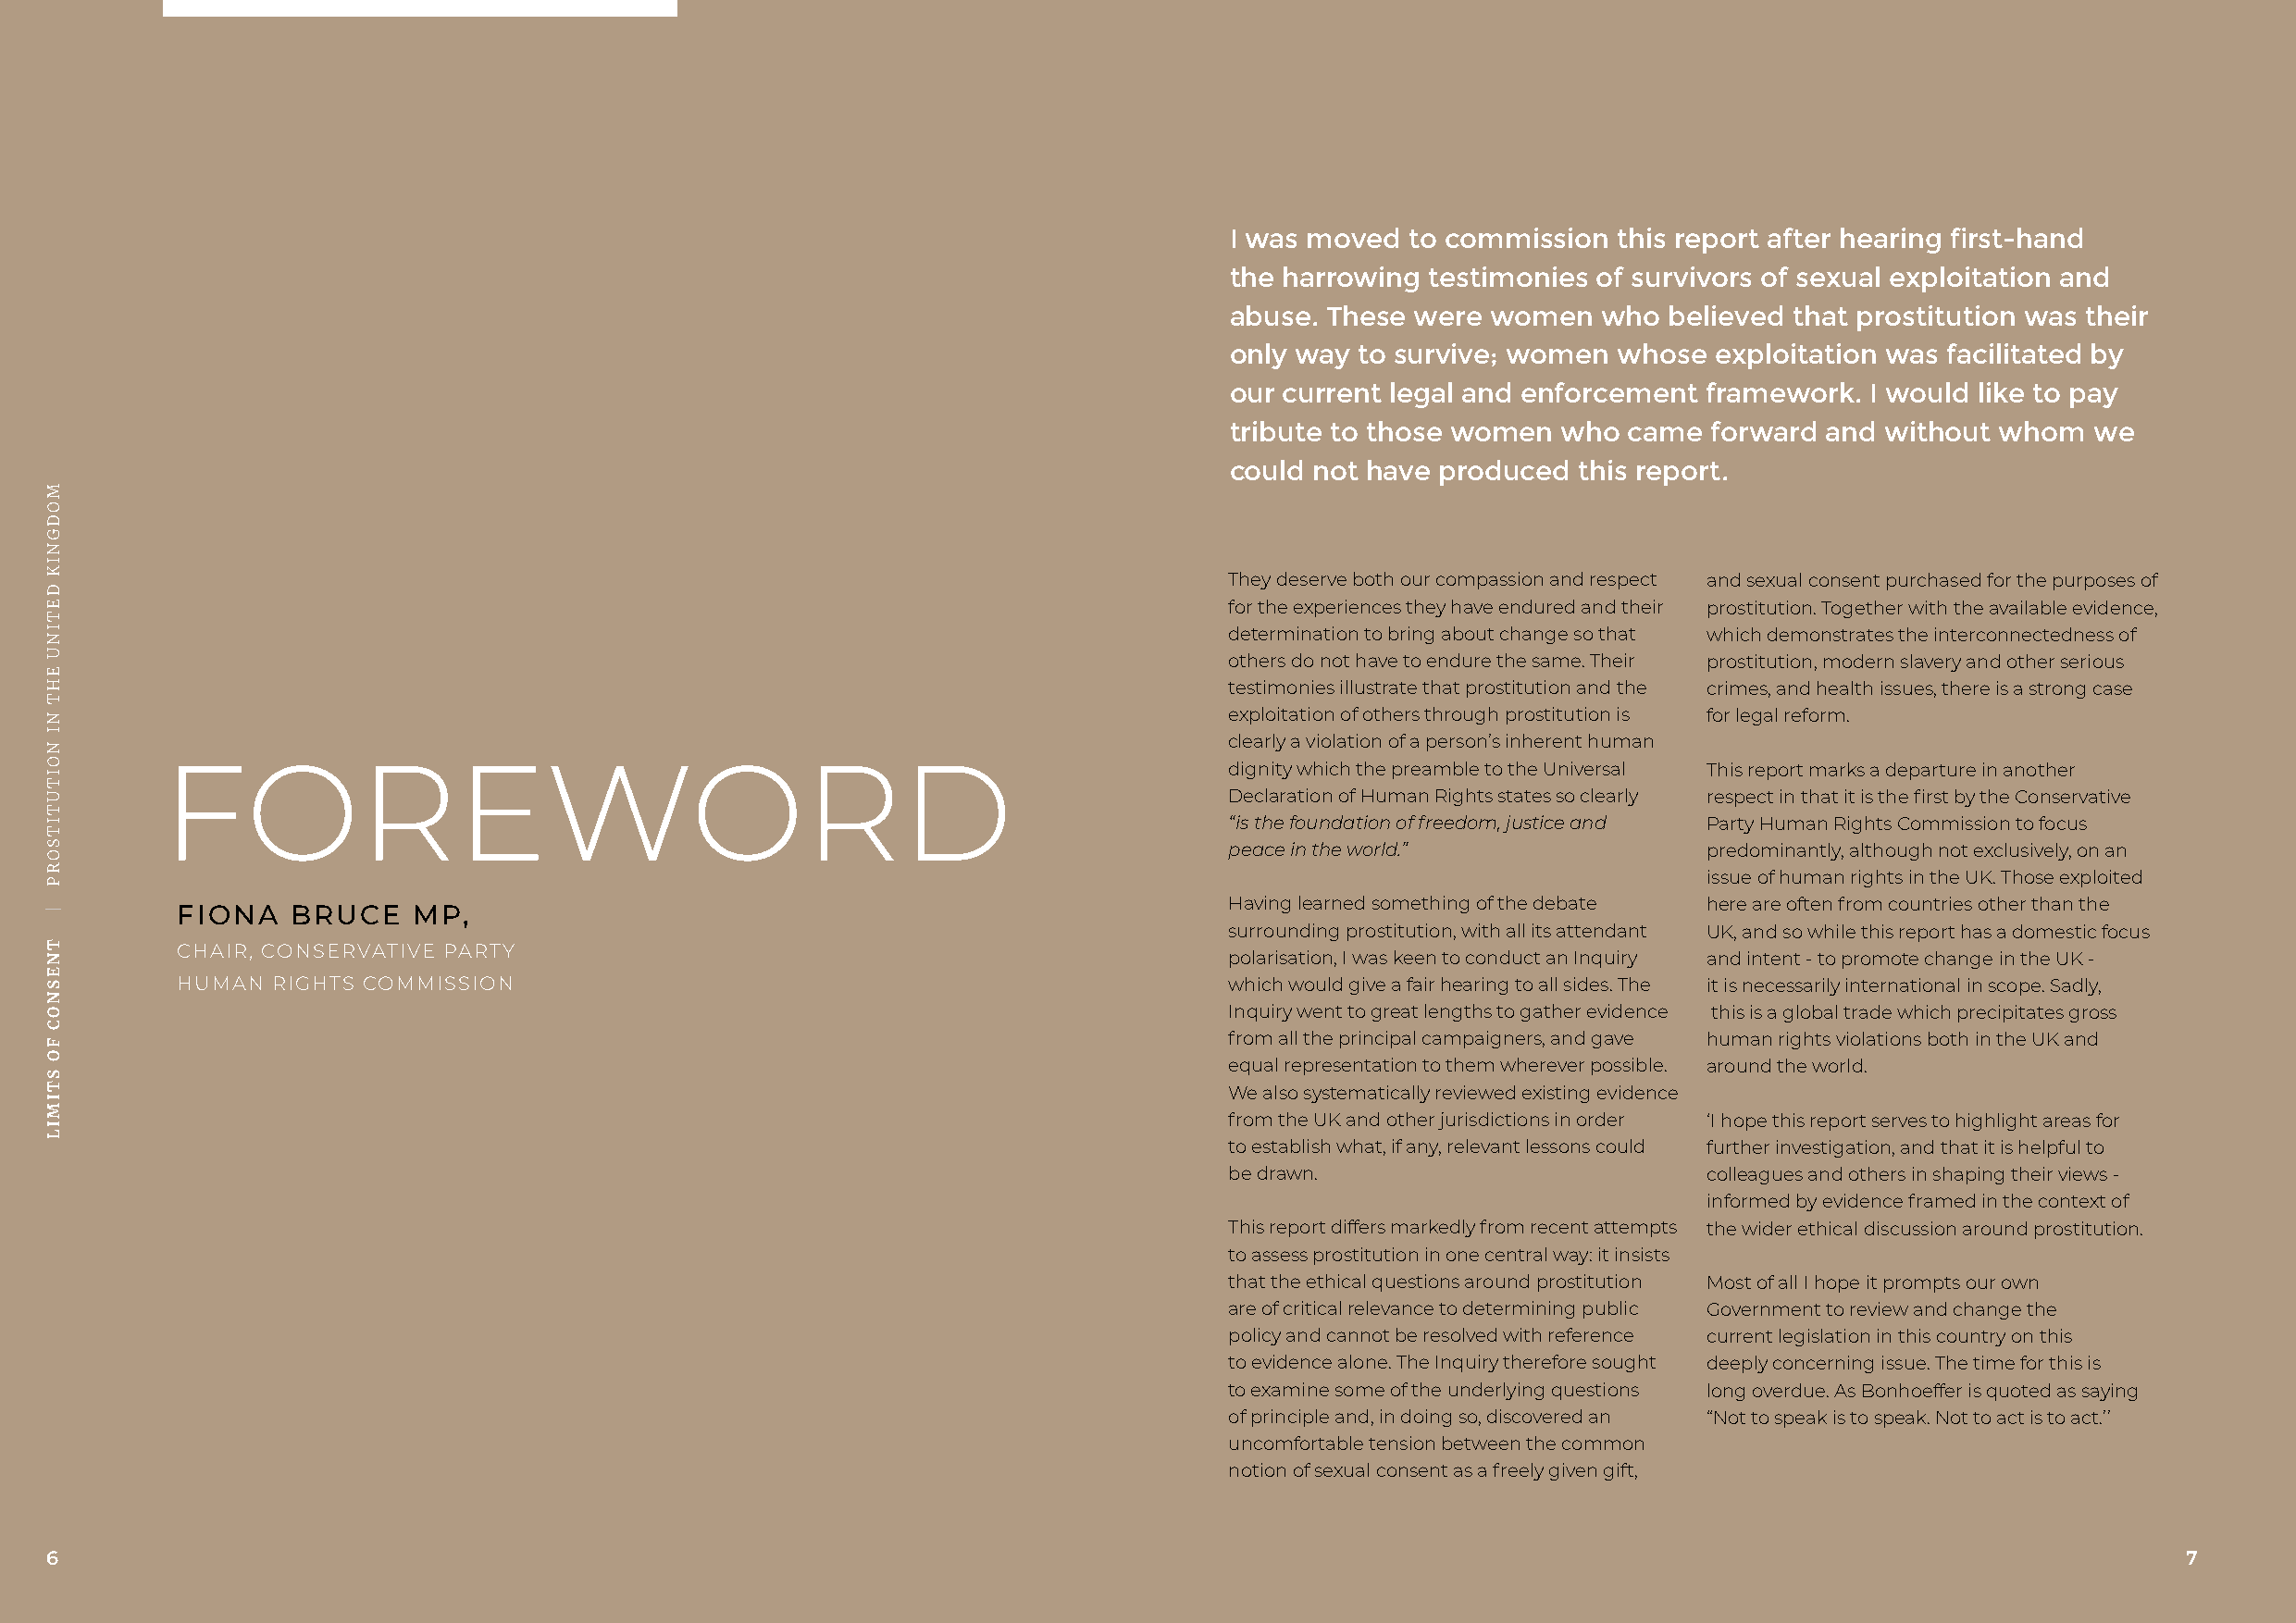
I was moved  to commission  this report after hearing first-hand
 the harrowing testimonies of survivors of sexual exploitation and
 abuse. These were  women   who believed that prostitution was their
 only way to survive; women  whose  exploitation was facilitated by
 our current legal and enforcement framework.  I would like to pay
 tribute to those women  who came  forward  and without whom   we
 could not have produced  this report.
 They deserve both our compassion and respect and sexual consent purchased for the purposes of
 for the experiences they have endured and their prostitution. Together with the available evidence,
 determination to bring about change so that which demonstrates the interconnectedness of
 others do not have to endure the same. Their prostitution, modern slavery and other serious
 testimonies illustrate that prostitution and the crimes, and health issues, there is a strong case
 exploitation of others through prostitution is for legal reform.
 clearly a violation of a person’s inherent human
 FOREWORD                                                                    dignity which the preamble to the Universal This report marks a departure in another
 Declaration of Human Rights states so clearly respect in that it is the first by the Conservative
 “is the foundation of freedom, justice and Party Human Rights Commission to focus
 peace in the world.”              predominantly, although not exclusively, on an
 issue of human rights in the UK. Those exploited
 Having learned something of the debate here are often from countries other than the
 FIONA   BRUCE    MP,
 surrounding prostitution, with all its attendant UK, and so while this report has a domestic focus
 CHAIR, CONSERVATIVE PARTY
 polarisation, I was keen to conduct an Inquiry and intent - to promote change in the UK -
 HUMAN RIGHTS COMMISSION                                                    which would give a fair hearing to all sides. The it is necessarily international in scope. Sadly,
 Inquiry went to great lengths to gather evidence this is a global trade which precipitates gross
 from all the principal campaigners, and gave human rights violations both in the UK and
 equal representation to them wherever possible. around the world.
 We also systematically reviewed existing evidence
 from the UK and other jurisdictions in order ‘I hope this report serves to highlight areas for
 to establish what, if any, relevant lessons could further investigation, and that it is helpful to
 be drawn.                         colleagues and others in shaping their views -
 informed by evidence framed in the context of
 This report differs markedly from recent attempts the wider ethical discussion around prostitution.
 to assess prostitution in one central way: it insists
 that the ethical questions around prostitution Most of all I hope it prompts our own
 are of critical relevance to determining public Government to review and change the
 policy and cannot be resolved with reference current legislation in this country on this
 to evidence alone. The Inquiry therefore sought deeply concerning issue. The time for this is
 to examine some of the underlying questions long overdue. As Bonhoeffer is quoted as saying
 of principle and, in doing so, discovered an “Not to speak is to speak. Not to act is to act.’’
 uncomfortable tension between the common
 notion of sexual consent as a freely given gift,
 6                                                                                                                                                        7
 MMOODDGGNNIIKK
 DDEETTIINNUU
 EEHHTT
 NNII
 NNOOIITTUUTTIITTSSOORRPP
 ||
 TTNNEESSNNOOCC
 FFOO
 SSTTIIMMIILL